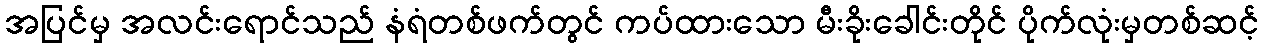
အပြင်မှ အလင်းရောင်သည် နံရံတစ်ဖက်တွင် ကပ်ထားသော မီးခိုးခေါင်းတိုင် ပိုက်လုံးမှတစ်ဆင့်